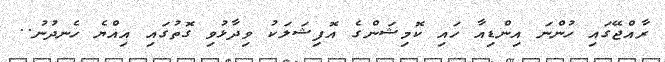
ރާއްޖޭގައި ހުންނަ އިންޑިއާ ހައި ކޮމިޝަންގެ އޮފިޝަލަކު ވިދާޅުވި ގޮތުގައި އިއްޔެ ހެނދުނު..